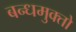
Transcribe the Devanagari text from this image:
बन्धमुक्तो